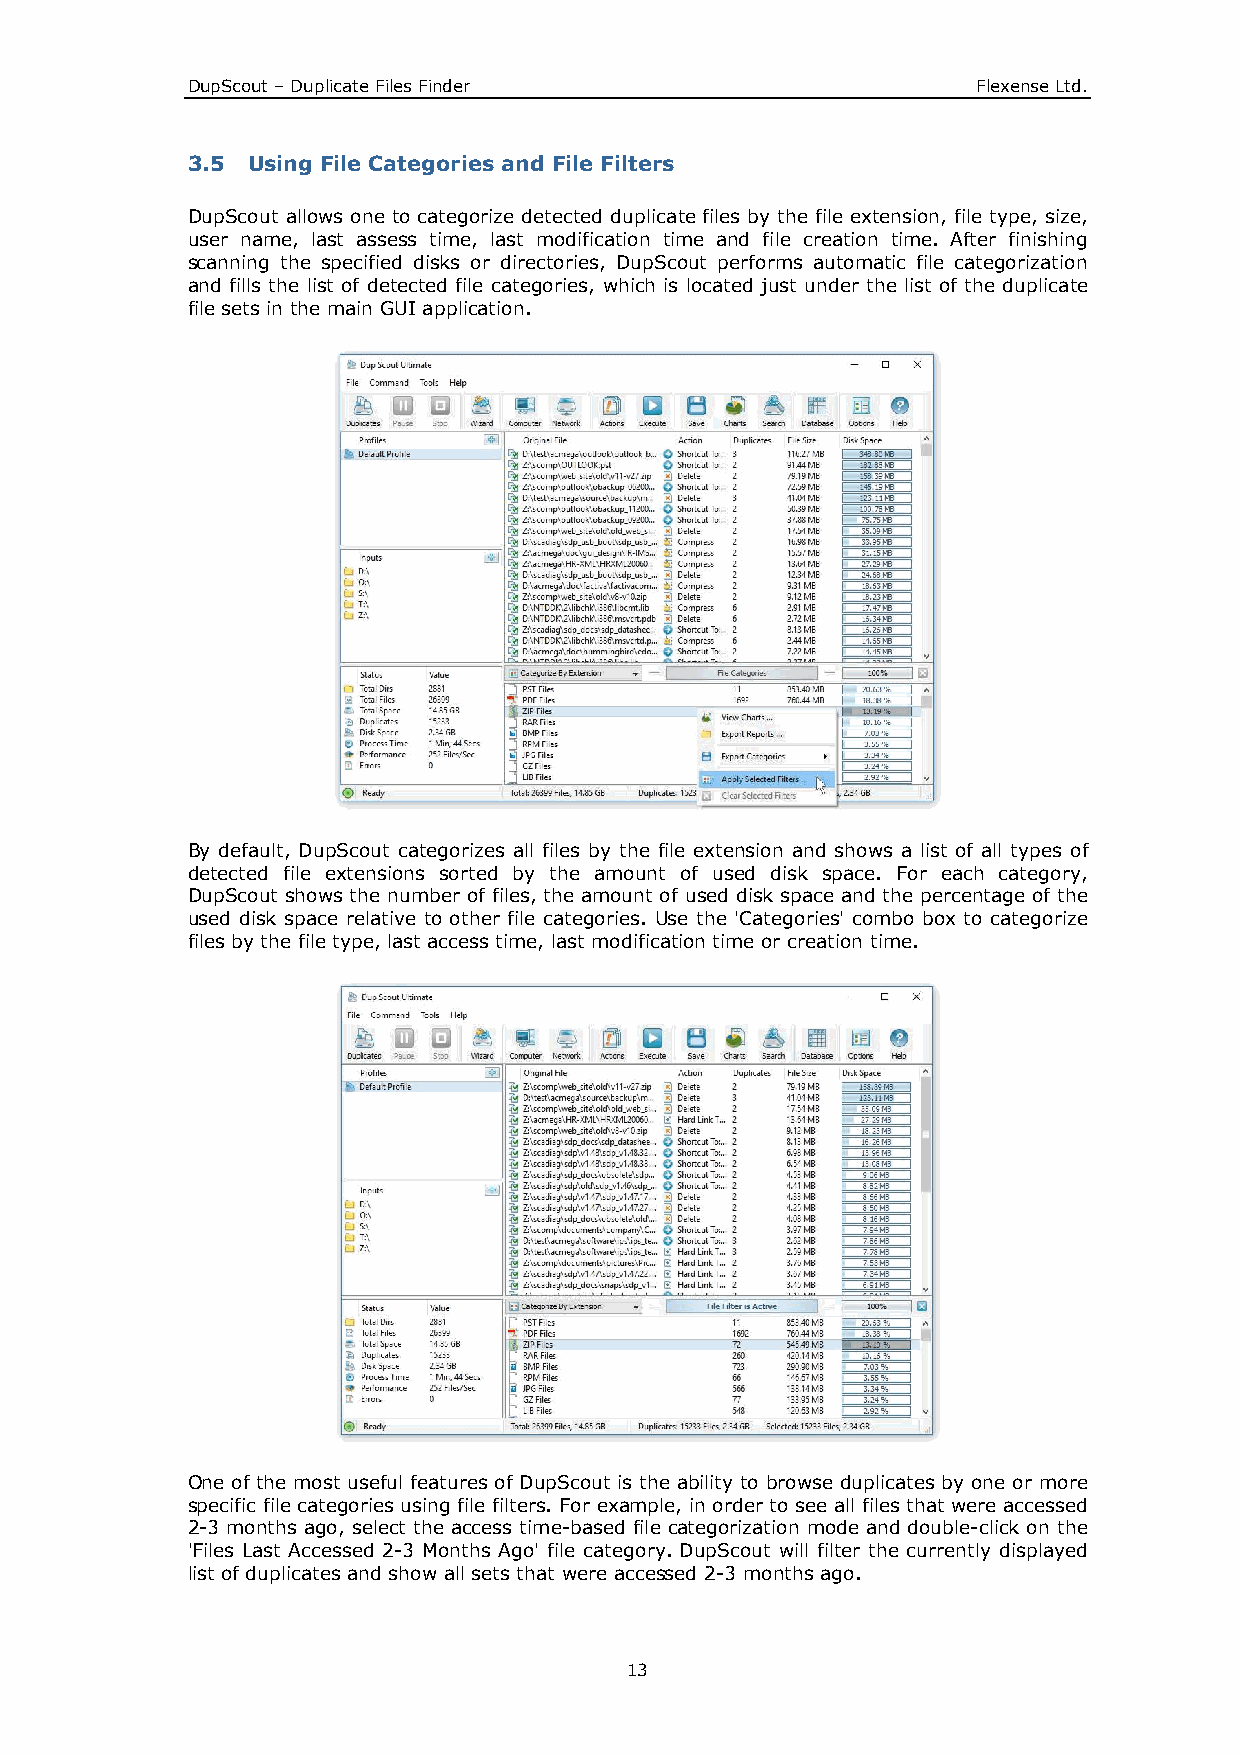
DupScout – Duplicate Files Finder                    Flexense Ltd.
 3.5 Using File Categories and File Filters
 DupScout allows one to categorize detected duplicate files by the file extension, file type, size,
 user name, last assess time, last modification time and file creation time. After finishing
 scanning the specified disks or directories, DupScout performs automatic file categorization
 and fills the list of detected file categories, which is located just under the list of the duplicate
 file sets in the main GUI application.
 By default, DupScout categorizes all files by the file extension and shows a list of all types of
 detected file extensions sorted by the amount of used disk space. For each category,
 DupScout shows the number of files, the amount of used disk space and the percentage of the
 used disk space relative to other file categories. Use the 'Categories' combo box to categorize
 files by the file type, last access time, last modification time or creation time.
 One of the most useful features of DupScout is the ability to browse duplicates by one or more
 specific file categories using file filters. For example, in order to see all files that were accessed
 2-3 months ago, select the access time-based file categorization mode and double-click on the
 'Files Last Accessed 2-3 Months Ago' file category. DupScout will filter the currently displayed
 list of duplicates and show all sets that were accessed 2-3 months ago.
 13